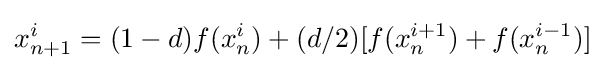
x_{n+1}^{i}=(1-d)f(x_{n}^{i})+(d/2)[f(x_{n}^{i+1})+f(x_{n}^{i-1})]